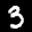
Label: 3